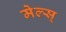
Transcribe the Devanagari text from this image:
मेल्स्